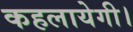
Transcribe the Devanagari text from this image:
कहलायेगी।